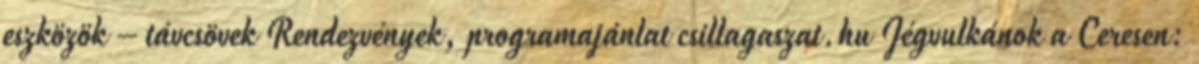
eszközök – távcsövek Rendezvények, programajánlat csillagaszat.hu Jégvulkánok a Ceresen: